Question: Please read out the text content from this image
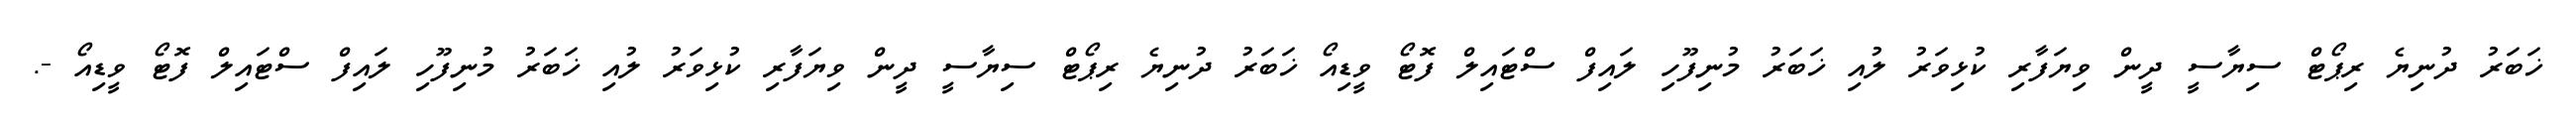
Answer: ޚަބަރު ދުނިޔެ ރިޕޯޓް ސިޔާސީ ދީން ވިޔަފާރި ކުޅިވަރު ލުއި ޚަބަރު މުނިފޫހި ލައިފް ސްޓައިލް ފޮޓޯ ވީޑިއޯ ޚަބަރު ދުނިޔެ ރިޕޯޓް ސިޔާސީ ދީން ވިޔަފާރި ކުޅިވަރު ލުއި ޚަބަރު މުނިފޫހި ލައިފް ސްޓައިލް ފޮޓޯ ވީޑިއޯ -.